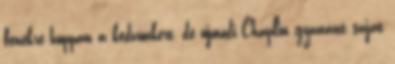
fenékre huppan a kedvünkért, de újmódi Chaplin gyanánt saját